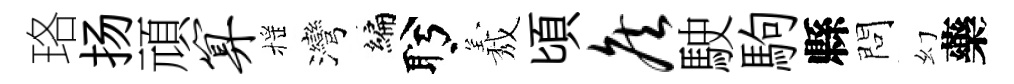
珞扬頑算摇灣编盻𦏁頃侯駛駒縣問幻藥